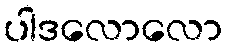
ပါဒလောလော